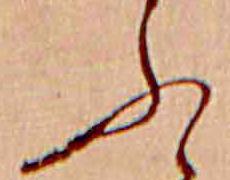
ふ